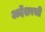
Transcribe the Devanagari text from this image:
अर्देशरची